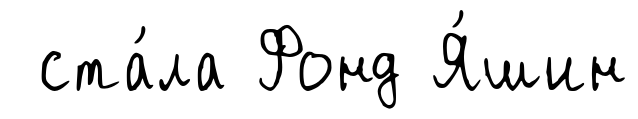
ста́ла Фонд Я́шин